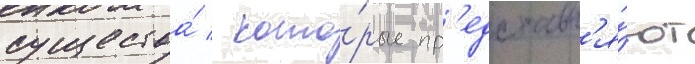
существа́ / кото́рые пр'едставл'я́ют